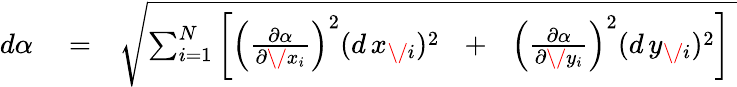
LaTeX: \begin{array}{rlr}{d\alpha}&{{}=}&{\sqrt{\sum_{i=1}^{N}\left[\left({\frac{\partial\alpha}{\partial\/ x_{i}}}\right)^{2}(d\, x_{\mathit\/ i})^{2}\mathrm{~\, ~+~\, ~}\left({\frac{\partial\alpha}{\partial\/ y_{i}}}\right)^{2}(d\, y_{\mathit\/ i})^{2}\right]\ }}\end{array}